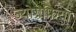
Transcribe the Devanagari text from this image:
ज्योग्रफिया